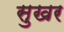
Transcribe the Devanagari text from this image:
सुखर